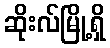
ဆိုးလ်မြို့ရှိ